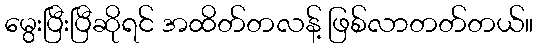
မွေးပြီးပြီဆိုရင် အထိတ်တလန့် ဖြစ်လာတတ်တယ်။